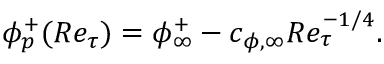
\phi _ { p } ^ { + } ( R e _ { \tau } ) = \phi _ { \infty } ^ { + } - c _ { \phi , \infty } R e _ { \tau } ^ { - 1 / 4 } .